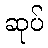
ဆုပ်